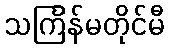
သင်္ကြန်မတိုင်မီ